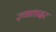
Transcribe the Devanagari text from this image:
ज़्यातादर